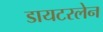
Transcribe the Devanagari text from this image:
डायटरलेन